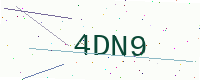
Text: 4DN9